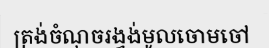
ត្រង់ចំណុចរង្វង់មូលចោមចៅ